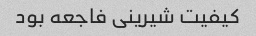
کیفیت شیرینی فاجعه بود